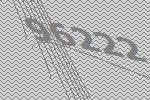
96222